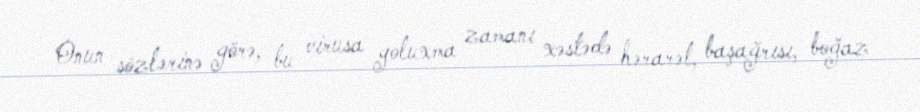
Onun sözlərinə görə, bu virusa yoluxma zamanı xəstədə hərarət, başağrısı, boğaz